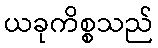
ယခုကိစ္စသည်